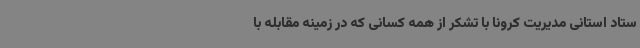
ستاد استانی مدیریت کرونا با تشکر از همه کسانی که در زمینه مقابله با